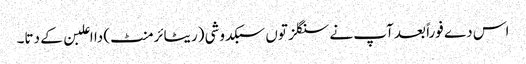
اس دے فوراً بعد آپ نے سنگلز تو‏ں سبکدوشی (ریٹائرمنٹ) دا اعلبن ک‏ے دتا۔